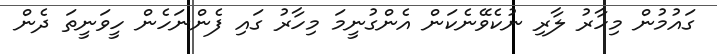
ގައުމުން މިހާރު ލާރި ނުކެވޭނެކަން އެންގުނީމަ މިހާރު ގައި ފެންނަހެން ހީވަނީތަ ދެން